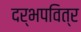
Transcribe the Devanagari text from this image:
दर्भपवित्र